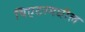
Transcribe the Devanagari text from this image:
थिएटरमधील